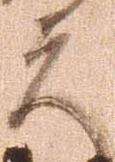
夫